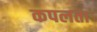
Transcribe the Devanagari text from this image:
कपलता